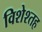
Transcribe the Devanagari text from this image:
विशेश्तह